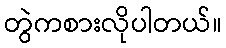
တွဲကစားလိုပါတယ်။